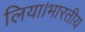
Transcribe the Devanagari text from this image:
लिया।भारतीय